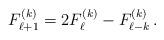
LaTeX: \begin{align*}F_{\ell+1}^{(k)} = 2 F_{\ell}^{(k)} - F_{\ell-k}^{(k)}\,.\end{align*}